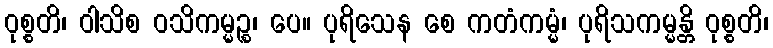
ဝုစ္စတိ၊ ဝါသိစ ဝသိကမ္မဉ္စ၊ ပေ။ ပုရိသေန စေ ကတံကမ္မံ၊ ပုရိသကမ္မန္တိ ဝုစ္စတိ၊